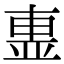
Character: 𣌽